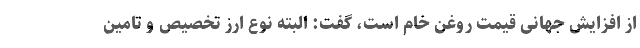
از افزایش جهانی قیمت روغن خام است، گفت: البته نوع ارز تخصیص و تامین